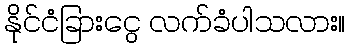
နိုင်ငံခြားငွေ လက်ခံပါသလား။